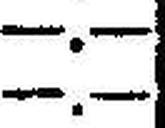
—.—